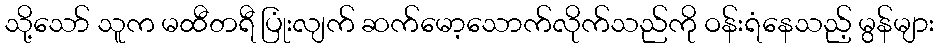
သို့သော် သူက မထီတရီ ပြုံးလျက် ဆက်မော့သောက်လိုက်သည်ကို ဝန်းရံနေသည့် မွန်များ